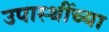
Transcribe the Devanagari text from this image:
उपास्थींच्या